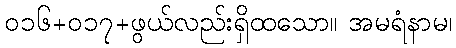
၀၁၆+၀၁၇+ဖွယ်လည်းရှိထသော။ အမရံနာမ၊